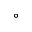
^ { \circ }